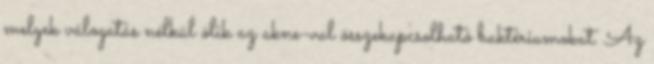
melyek válogatás nélkül ölik az akne-val összekapcsolható baktériumokat. Az